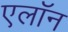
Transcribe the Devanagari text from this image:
एलाॅन